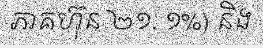
ភាគហ៊ុន ២១. ១%) និង